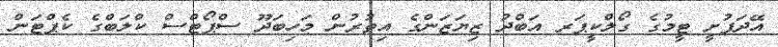
އޭދަފުށީ ޓީމުގެ ގޯލްކީޕަރ އަބްދު ޒިޔަޒަންގެ އިތުރުން މަހިބަދޫ ސްޕޯޓްސް ކްލަބްގެ ކެޕްޓަން